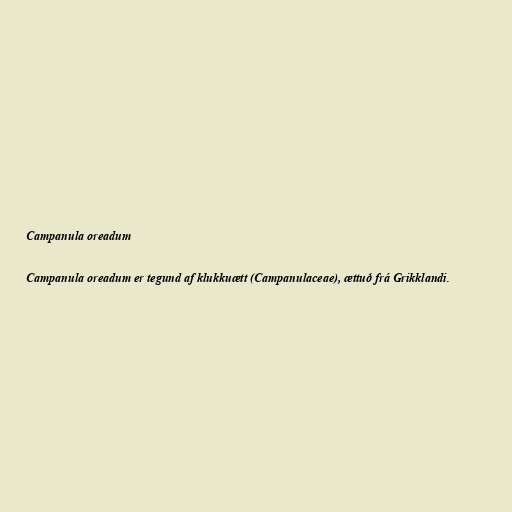
Campanula oreadum

Campanula oreadum er tegund af klukkuætt (Campanulaceae), ættuð frá Grikklandi.